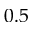
0 . 5